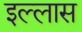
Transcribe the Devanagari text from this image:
इल्लास